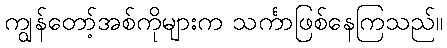
ကျွန်တော့်အစ်ကိုများက သင်္ကာဖြစ်နေကြသည်။